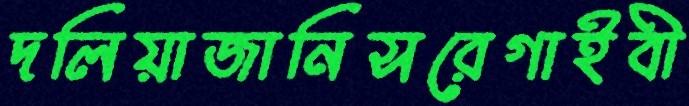
দলিয়াজানিসরেগাইবী